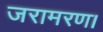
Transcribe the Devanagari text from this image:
जरामरण।